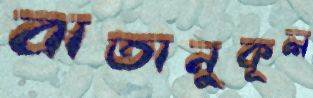
বাতানুকূল